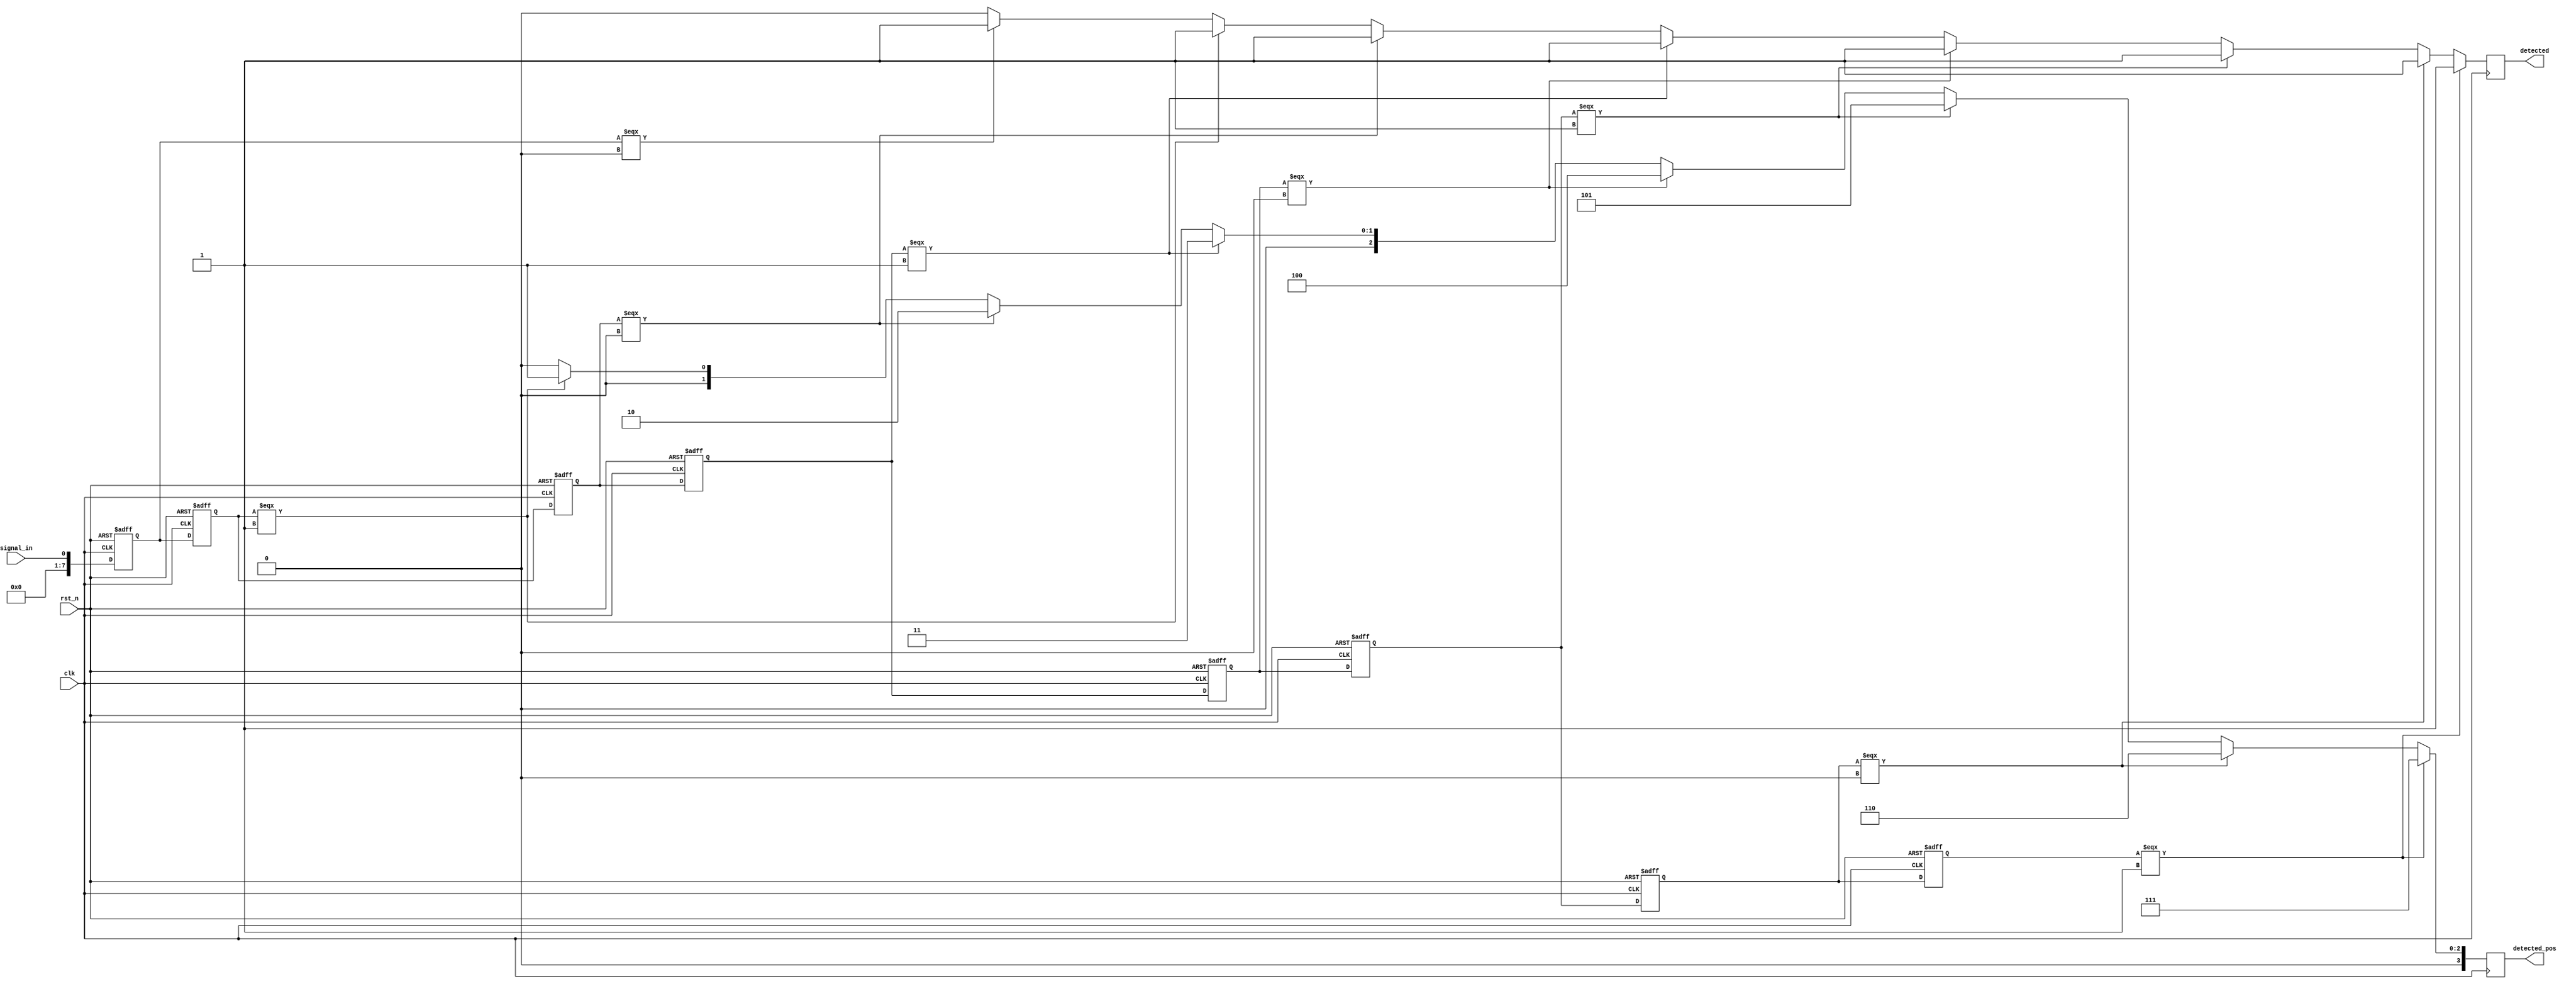
module DelayLineDetector (
    input wire clk,               // Clock input
    input wire rst_n,             // Active-low reset
    input wire signal_in,         // Input signal to sample
    output reg detected,          // Detection output
    output reg [3:0] detected_pos // Detected position of the pattern
);

    parameter NUM_BLOCKS = 8;      // Number of memory blocks
    parameter PATTERN = 8'b10101010; // Example predefined pattern
    reg [NUM_BLOCKS-1:0] memory [0:NUM_BLOCKS-1]; // Memory blocks (shift registers)
    reg [NUM_BLOCKS-1:0] sample;    // Sampled input signal
    integer j;

    // Sampling mechanism
    always @(posedge clk or negedge rst_n) begin
        if (!rst_n) begin
            // Reset all memory blocks
            for (j = 0; j < NUM_BLOCKS; j = j + 1) 
                memory[j] <= 1'b0;
        end else begin
            // Shift the memory blocks and insert new sample at the beginning
            for (j = NUM_BLOCKS-1; j > 0; j = j - 1)
                memory[j] <= memory[j-1]; // Shift
            memory[0] <= signal_in;      // New sample
        end
    end

    // Pattern detection logic
    always @(posedge clk) begin
        detected <= 1'b0;             // Default no detection
        detected_pos <= 4'b0000;      // Reset detected position

        // Compare memory contents with predefined pattern
        for (j = 0; j <= NUM_BLOCKS - 1; j = j + 1) begin
            if (memory[j] === PATTERN[j]) begin
                detected <= 1'b1;       // Set detection flag
                detected_pos <= j;      // Capture position
            end
        end
    end

endmodule